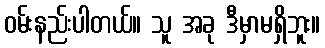
ဝမ်းနည်းပါတယ်။ သူ အခု ဒီမှာမရှိဘူး။